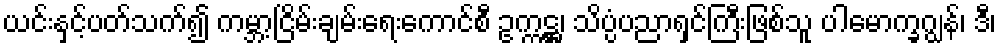
ယင်းနှင့်ပတ်သက်၍ ကမ္ဘာ့ငြိမ်းချမ်းရေးကောင်စီ ဥက္ကဋ္ဌ၊ သိပ္ပံပညာရှင်ကြီးဖြစ်သူ ပါမောက္ခဂျွန်၊ ဒီ၊